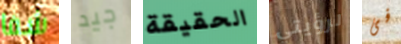
شفا جيد الحقيقة لرؤيتي فى